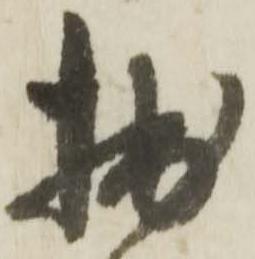
拙